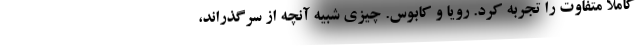
کاملاً متفاوت را تجربه کرد. رویا و کابوس. چیزی شبیه آنچه از سرگذراند،